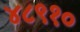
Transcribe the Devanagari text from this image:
४८९१०